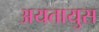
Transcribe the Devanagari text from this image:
अयतायुस